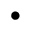
\bullet